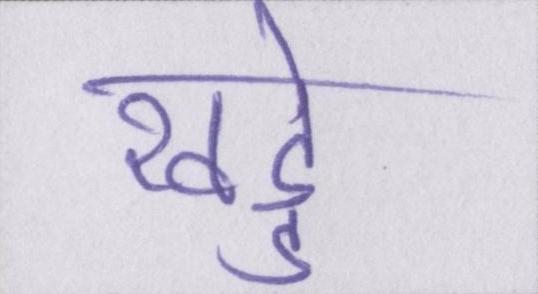
खड्डे